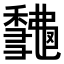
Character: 𥣨